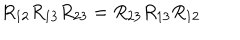
R _ { 1 2 } R _ { 1 3 } R _ { 2 3 } = R _ { 2 3 } R _ { 1 3 } R _ { 1 2 }